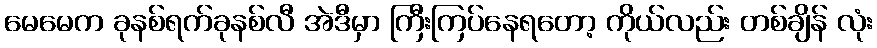
မေမေက ခုနစ်ရက်ခုနစ်လီ အဲဒီမှာ ကြီးကြပ်နေရတော့ ကိုယ်လည်း တစ်ချိန် လုံး